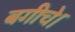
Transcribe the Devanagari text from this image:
बगीचे।